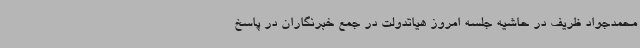
محمدجواد ظریف در حاشیه جلسه امروز هیاتدولت در جمع خبرنگاران در پاسخ